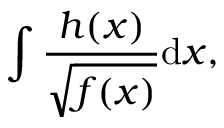
\int \frac { h ( x ) } { \sqrt { f ( x ) } } \mathrm { d } x ,